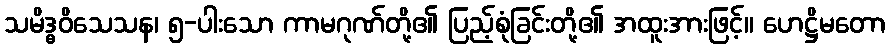
သမိဒ္ဓဝိသေသန၊ ၅-ပါးသော ကာမဂုဏ်တို့၏ ပြည့်စုံခြင်းတို့၏ အထူးအားဖြင့်။ ဟေဋ္ဌိမတော